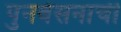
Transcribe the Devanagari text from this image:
पुनर्वसनाची